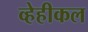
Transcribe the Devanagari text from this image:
व्हेहीकल